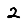
Digit: 2